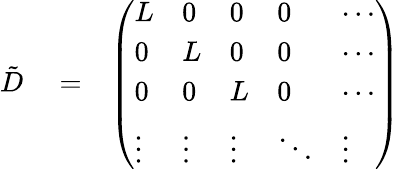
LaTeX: \begin{array}{rlr}{{\tilde{D}}}&{{}=}&{\left(\begin{array}{lllll}{L}&{0}&{0}&{0}&{\cdots}\\ {0}&{L}&{0}&{0}&{\cdots}\\ {0}&{0}&{L}&{0}&{\cdots}\\ {\vdots}&{\vdots}&{\vdots}&{\ddots}&{\vdots}\end{array}\right)}\end{array}